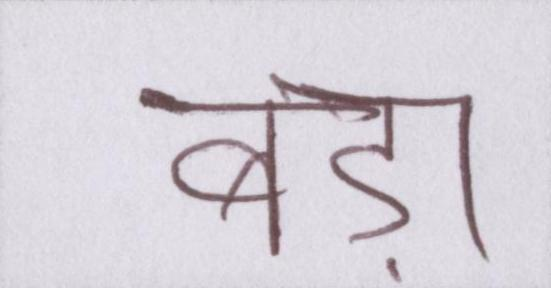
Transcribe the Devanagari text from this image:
बड़ा